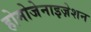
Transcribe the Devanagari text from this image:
होमोजेनाइज़ेशन